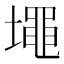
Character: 𰊷